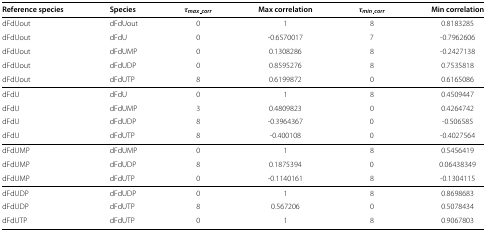
| Reference species | Species | τmax_corr | Max correlation | τmin_corr | Min correlation |
 | --- | --- | --- | --- | --- | --- |
 | dFdUout | dFdUout | 0 | 1 | 8 | 0.8183285 |
 | dFdUout | dFdU | 0 | -0.6570017 | 7 | -0.7962606 |
 | dFdUout | dFdUMP | 0 | 0.1308286 | 8 | -0.2427138 |
 | dFdUout | dFdUDP | 0 | 0.8595276 | 8 | 0.7535818 |
 | dFdUout | dFdUTP | 8 | 0.6199872 | 0 | 0.6165086 |
 | dFdU | dFdU | 0 | 1 | 8 | 0.4509447 |
 | dFdU | dFdUMP | 3 | 0.4809823 | 0 | 0.4264742 |
 | dFdU | dFdUDP | 8 | -0.3964367 | 0 | -0.506585 |
 | dFdU | dFdUTP | 8 | -0.400108 | 0 | -0.4027564 |
 | dFdUMP | dFdUMP | 0 | 1 | 8 | 0.5456419 |
 | dFdUMP | dFdUDP | 8 | 0.1875394 | 0 | 0.06438349 |
 | dFdUMP | dFdUTP | 0 | -0.1140161 | 8 | -0.1304115 |
 | dFdUDP | dFdUDP | 0 | 1 | 8 | 0.8698683 |
 | dFdUDP | dFdUTP | 8 | 0.567206 | 0 | 0.5078434 |
 | dFdUTP | dFdUTP | 0 | 1 | 8 | 0.9067803 |